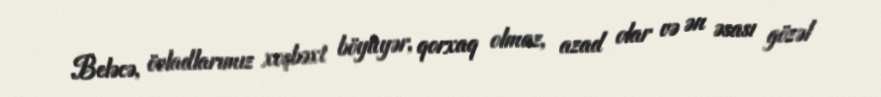
Beləcə, övladlarımız xoşbəxt böyüyər, qorxaq olmaz, azad olar və ən əsası gözəl